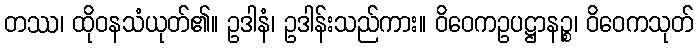
တဿ၊ ထိုဝနသံယုတ်၏။ ဥဒါနံ၊ ဥဒါန်းသည်ကား။ ဝိဝေကဥပဋ္ဌာနဉ္စ၊ ဝိဝေကသုတ်